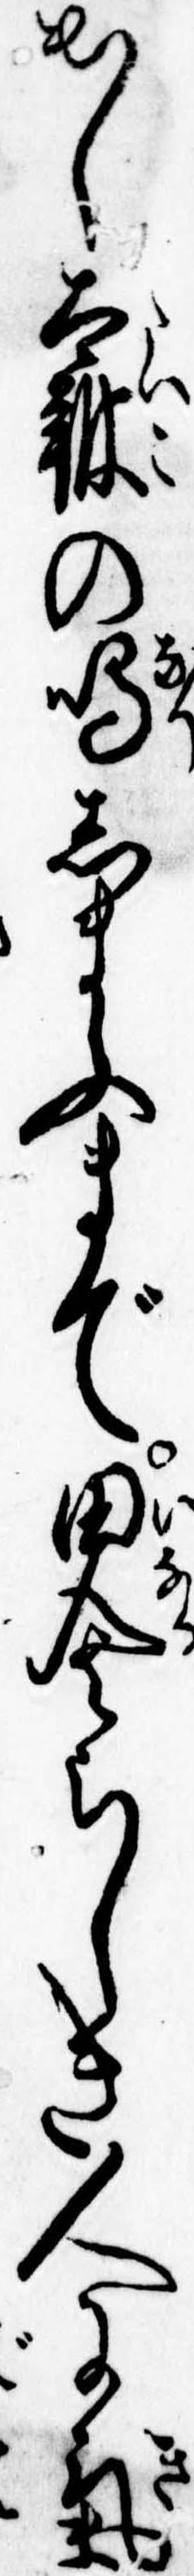
出し太鼓の鳴しまふまで田舎らしき人に気